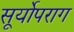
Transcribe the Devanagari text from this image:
सूर्योपराग